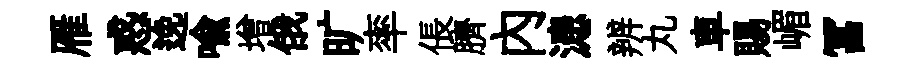
雁惑𨓜喻增俄旷率倀臍內漶辨丸車賜嵋冨